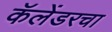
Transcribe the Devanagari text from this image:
कॅलेंडरचा